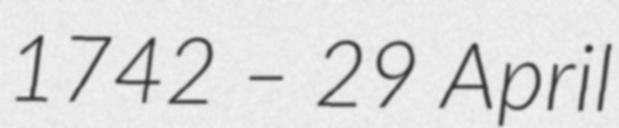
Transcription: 1742 – 29 April